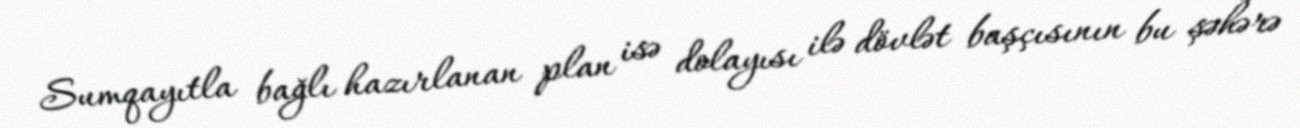
Sumqayıtla bağlı hazırlanan plan isə dolayısı ilə dövlət başçısının bu şəhərə